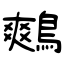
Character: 鷞